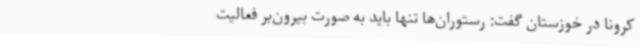
کرونا در خوزستان گفت: رستوران‌ها تنها باید به صورت بیرون‌بر فعالیت